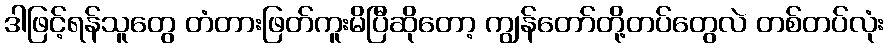
ဒါဖြင့်ရန်သူတွေ တံတားဖြတ်ကူးမိပြီဆိုတော့ ကျွန်တော်တို့တပ်တွေလဲ တစ်တပ်လုံး